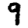
Digit: 9